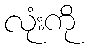
လုံးကို